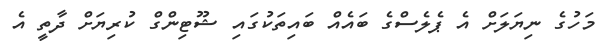
މަހުގެ ނިޔަލަށް އެ ޕެލެސްގެ ބައެއް ބައިތަކުގައި ޝޫޓިންގް ކުރިޔަށް ދާތީ އެ